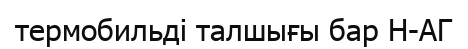
термобильді талшығы бар Н-АГ